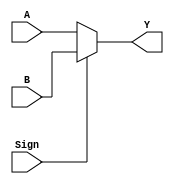
`timescale 1ns / 1ps
//////////////////////////////////////////////////////////////////////////////////
// Company: 
// Engineer: 
// 
// Design Name: 
// Module Name: Data_selector2
// Project Name: 
// Target Devices: 
// Tool Versions: 
// Description: 
// 
// Dependencies: 
// 
// Revision:
// Revision 0.01 - File Created
// Additional Comments:
// 
//////////////////////////////////////////////////////////////////////////////////

module Data_Selector2(
    input [31:0] A, B,  
    input Sign,
    output reg [31:0] Y
    );
    always@(A or B or Sign) begin
        Y = Sign ? B : A; //1A
    end
endmodule